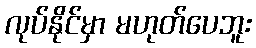
လုပ်နိုင်မှာ မဟုတ်ပေဘူး